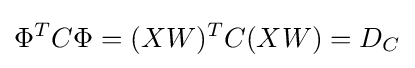
\Phi ^{T}C\Phi =(XW)^{T}C(XW)=D_{C}